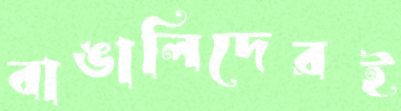
বাঙালিদেরই